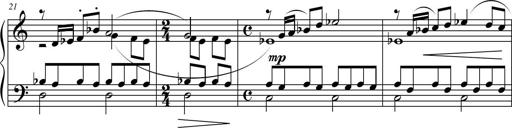
Title: Suite in the Old Style
Composer: Tyler Versluis